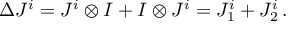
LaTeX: \Delta J ^ { i } = J ^ { i } \otimes I + I \otimes J ^ { i } = J _ { 1 } ^ { i } + J _ { 2 } ^ { i } \, .